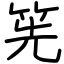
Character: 筅